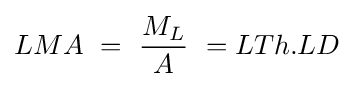
LMA\ =\ {\frac {M_{L}}{A}}\ =LTh.LD